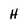
Character: H